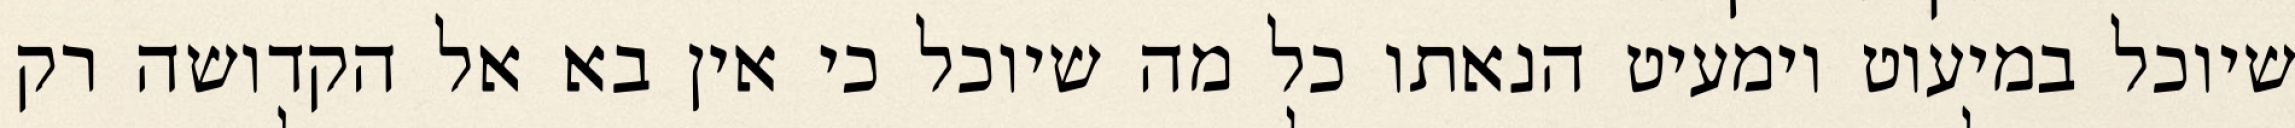
שיוכל במיעוט וימעיט הנאתו כל מה שיוכל כי אין בא אל הקדושה רק